Senior Leaving Certificate Examination (including Day School Certificate (Higher) General paper), 1947
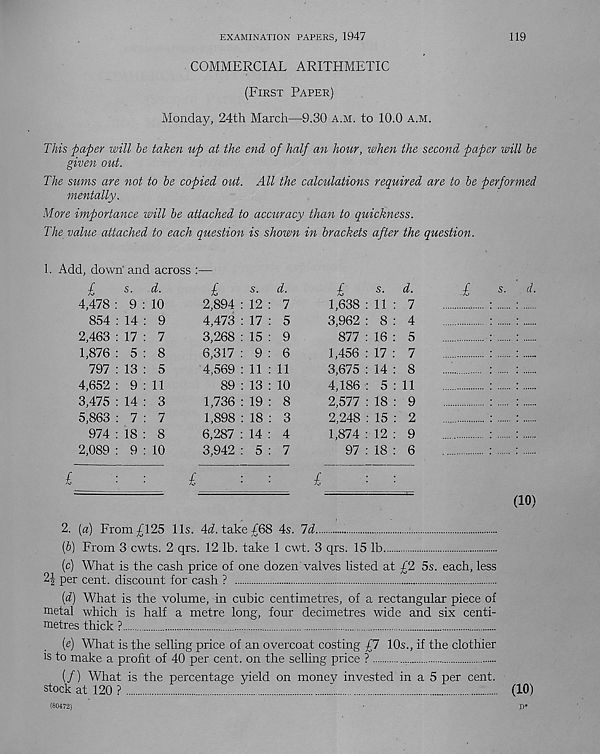
EXAMINATION PAPERS, 1947
119
COMMERCIAL ARITHMETIC
(First Paper)
Monday, 24th March—9.30 a.m. to 10.0 a.m.
This paper will he taken up at the end of half an hour, when the second paper will he
given out.
The sums are not to be copied out. All the calculations required are to he performed
mentally.
More importance will be attached to accuracy than to quickness.
The value attached to each question is shown in brackets after the question.
1. Add, down and across :—
£
s.
d.
4,478 : 9 : 10
854 : 14 : 9
2,463 : 17 : 7
1,876 : 5 : 8
797 : 13 : 5
4,652 : 9 : 11
3,475 : 14 : 3
5,863 : 7 : 7
974 : 18 : 8
2,089 : 9 : 10
£
£
s.
d.
2,894 : 12 : 7
4,473 : 17 : 5
3,268 : 15 : 9
6,317 : 9 : 6
4,569 : 11 : 11
89 : 13 : 10
1,736 : 19 : 8
1,898 : 18 : 3
6,287 : 14 : 4
3,942 : 5 : 7
£
£
s -
d.
1,638 : 11 : 7
3,962 : 8 : 4
877 : 16 : 5
1,456 : 17 : 7
3,675 : 14 : 8
4,186 : 5 : 11
2,577 : 18 : 9
2,248 : 15 : 2
1,874 : 12 : 9
97 : 18 : 6
£
£
s.
2. (a) From £125 11s. 4i. take £68 4s. Id
{h) From 3 cwts. 2 qrs. 12 lb. take 1 cwt. 3 qrs. 15 lb
(c) What is the cash price of one dozen valves listed at £2 5s. each, less
2| per cent, discount for cash ?
[d) What is the volume, in cubic centimetres, of a rectangular piece of
metal which is half a metre long, four decimetres wide and six centi-
metres thick ?
d.
(10)
(e) What is the selling price of an overcoat costing £7 10s., if the clothier
!s to make a profit of 40 per cent, on the selling price ?
(/) What is the percentage yield on money invested in a 5 per cent,
stock at 120 ?
"
(10)
(80472)
D*